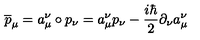
\overline { { p } } _ { \mu } = a _ { \mu } ^ { \nu } \circ p _ { \nu } = a _ { \mu } ^ { \nu } p _ { \nu } - \frac { i \hbar } { 2 } \partial _ { \nu } a _ { \mu } ^ { \nu }